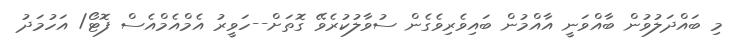
މި ބައްދަލުވުން ބާއްވަނީ އާއްމުން ބައިވެރިވެގެން ސުވާލުކުރެވޭ ގޮތަށް--ހަވީރު އެމްއެމްއެސް ފޮޓޯ/ އަހުމަދު